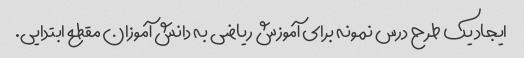
ایجاد یک طرح درس نمونه برای آموزش ریاضی به دانش آموزان مقطع ابتدایی.